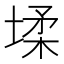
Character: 𭏋